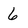
Character: 6